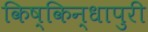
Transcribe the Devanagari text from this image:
किष्किन्धापुरी